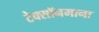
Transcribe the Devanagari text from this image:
टेक्सॉनमाना